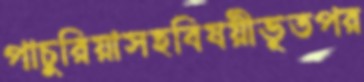
পাচুরিয়াসহবিষয়ীভূতপর